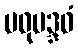
မဓုမဒ္ဒဝံ